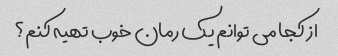
از کجا می توانم یک رمان خوب تهیه کنم؟